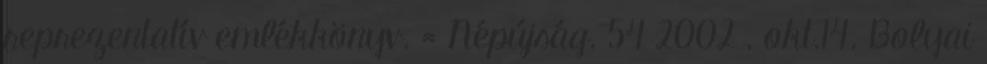
reprezentatív emlékkönyv. = Népújság. 54 2002 . okt.14. Bolyai